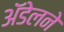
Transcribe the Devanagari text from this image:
अॅडेलने